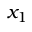
x _ { 1 }